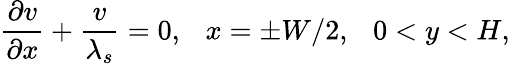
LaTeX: \frac{\partial v}{\partial x}+\frac{v}{\lambda_{s}}=0,~~~x=\pm W/2,~~~0<y<H,